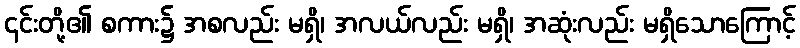
၎င်းတို့၏ စကား၌ အစလည်း မရှိ၊ အလယ်လည်း မရှိ၊ အဆုံးလည်း မရှိသောကြောင့်